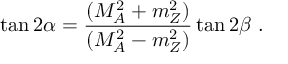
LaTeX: \tan 2 \alpha = { \frac { ( M _ { A } ^ { 2 } + m _ { Z } ^ { 2 } ) } { ( M _ { A } ^ { 2 } - m _ { Z } ^ { 2 } ) } } \tan 2 \beta \ .